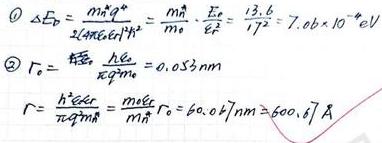
\[
\begin{align*}
&\textcircled{1}\ \Delta E_{p}=\frac{m_{A}^{2}g^{2}}{2m_{0}c^{2}E_{0}^{2}}=\frac{m_{A}}{m_{0}}\cdot\frac{E_{0}}{c^{2}}=\frac{13.6}{17^{2}} = 7.06\times 10^{-2}\text{eV}\\
&\textcircled{2}\ r_{0}=\frac{\hbar c}{m_{A}c^{2}}=\frac{\hbar c}{\pi m_{A}c^{2}} = 0.053\text{nm}\\
&r=\frac{\hbar^{2}e^{2}r}{\pi m_{A}^{2}c^{2}}=\frac{m_{e}e^{2}r}{m_{A}}r_{0}= 60.067\text{nm}\approx 600.67\mathring{\text{A}}
\end{align*}
\]